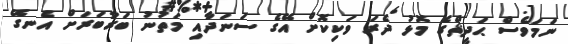
ނަމަވެސް ޙަދީޘްގެ މޮޅު ދެރަ ވަކިކޮށް އޭގެ ސަނަދާއި މަތުނު ބަރާބަރަށް އެނގޭ